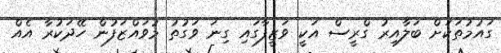
ގައުމުތަކަށް ބަލާއިރު ގްރީސް އަކީ ވަޒީފާގައި ގިނަ ވަގުތު މުވައްޒަފުން ހޭދަކުރާ އެއް